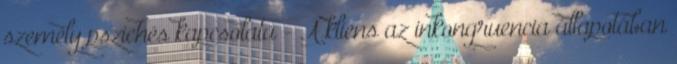
személy pszichés kapcsolata - A kliens az inkongruencia állapotában